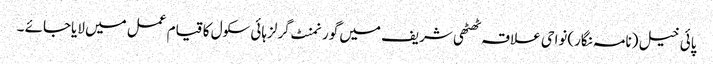
پائی خیل (نامہ نگار)نواحی علاقہ ٹھٹھی شریف میں گورنمنٹ گرلزہائی سکول کا قیام عمل میں لایاجائے ۔